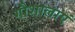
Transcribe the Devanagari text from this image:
गौशालाएं